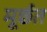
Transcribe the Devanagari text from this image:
मूर्छत